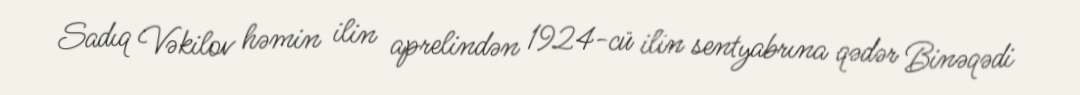
Sadıq Vəkilov həmin ilin aprelindən 1924-cü ilin sentyabrına qədər Binəqədi